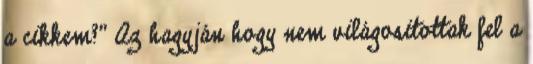
a cikkem?" Az hagyján hogy nem világositottak fel a